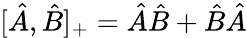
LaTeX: [\hat{A},\hat{B}]_{+}=\hat{A}\hat{B}+\hat{B}\hat{A}